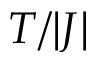
T / | J |